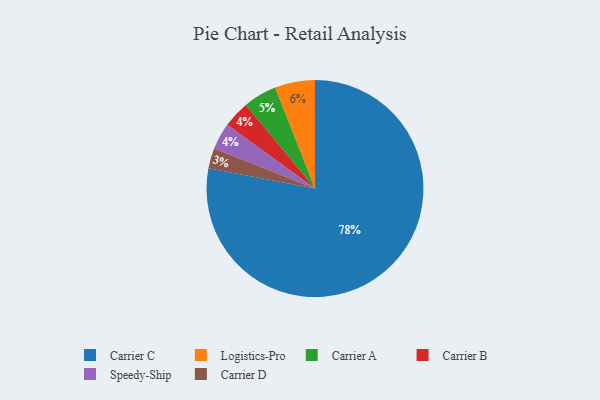
{"axis": {"x": "Category", "y": "Percentage"}, "legend": ["Carrier A", "Carrier B", "Carrier C", "Carrier D", "Logistics-Pro", "Speedy-Ship"], "data": [{"x": "Carrier D", "y": 3, "type": "Carrier D"}, {"x": "Carrier C", "y": 78, "type": "Carrier C"}, {"x": "Carrier A", "y": 5, "type": "Carrier A"}, {"x": "Carrier B", "y": 4, "type": "Carrier B"}, {"x": "Logistics-Pro", "y": 6, "type": "Logistics-Pro"}, {"x": "Speedy-Ship", "y": 4, "type": "Speedy-Ship"}]}